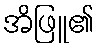
အိဖြူ၏